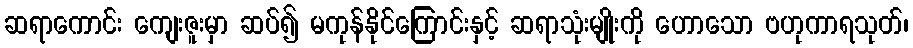
ဆရာကောင်း ကျေးဇူးမှာ ဆပ်၍ မကုန်နိုင်ကြောင်းနှင့် ဆရာသုံးမျိုးကို ဟောသော ဗဟုကာရသုတ်၊